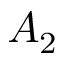
A _ { 2 }